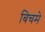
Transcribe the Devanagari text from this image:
बिचमे